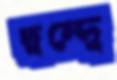
দ্বন্দ্বে